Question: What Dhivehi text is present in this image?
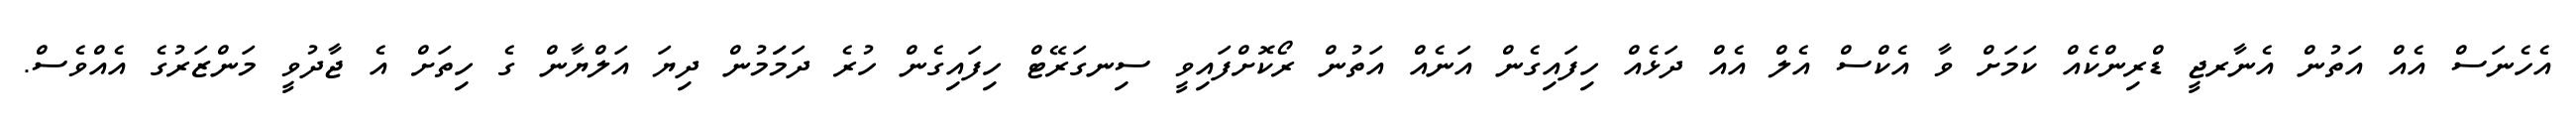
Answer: އެހެނަސް އެއް އަތުން އެނާރޖީ ޑްރިންކެއް ކަމަށް ވާ އެކްސް އެލް އެއް ދަޅެއް ހިފައިގެން އަނެއް އަތުން ރޯކޮށްފައިވީ ސިނގަރޭޓް ހިފައިގެން ހުރެ ދަމަަމުން ދިޔަ އަލްޔާން ގެ ހިތަށް އެ ޖާދުވީ މަންޒަރުގެ އެއްވެސް.